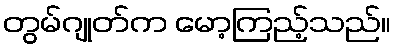
တွမ်ဂျုတ်က မော့ကြည့်သည်။